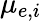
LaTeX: \mu_{e,i}